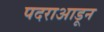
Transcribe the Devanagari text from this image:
पदराआडून